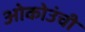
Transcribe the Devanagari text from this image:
ओकोउंची